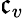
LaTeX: \mathfrak{c}_{v}